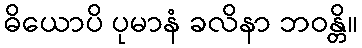
ဓိယောပိ ပုမာနံ ခလိနာ ဘဝန္တိ။